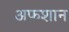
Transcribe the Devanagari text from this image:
अफ़शान